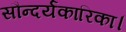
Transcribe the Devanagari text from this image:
सौन्दर्यकारिका।